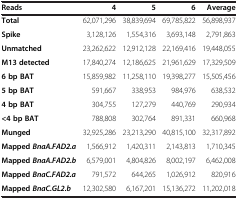
<table><thead><tr><td><b>Reads</b></td><td><b>4</b></td><td><b>5</b></td><td><b>6</b></td><td><b>Average</b></td></tr></thead><tbody><tr><td><b>Total</b></td><td>62,071,296</td><td>38,839,694</td><td>69,785,822</td><td>56,898,937</td></tr><tr><td><b>Spike</b></td><td>3,128,126</td><td>1,554,316</td><td>3,693,148</td><td>2,791,863</td></tr><tr><td><b>Unmatched</b></td><td>23,262,622</td><td>12,912,128</td><td>22,169,416</td><td>19,448,055</td></tr><tr><td><b>M13 detected</b></td><td>17,840,274</td><td>12,186,625</td><td>21,961,629</td><td>17,329,509</td></tr><tr><td><b>6 bp BAT</b></td><td>15,859,982</td><td>11,258,110</td><td>19,398,277</td><td>15,505,456</td></tr><tr><td><b>5 bp BAT</b></td><td>591,667</td><td>338,953</td><td>984,976</td><td>638,532</td></tr><tr><td><b>4 bp BAT</b></td><td>304,755</td><td>127,279</td><td>440,769</td><td>290,934</td></tr><tr><td><b>&lt;4 bp BAT</b></td><td>788,808</td><td>302,764</td><td>891,331</td><td>660,968</td></tr><tr><td><b>Munged</b></td><td>32,925,286</td><td>23,213,290</td><td>40,815,100</td><td>32,317,892</td></tr><tr><td><b>Mapped </b><b><i>BnaA.FAD2.a</i></b></td><td>1,566,912</td><td>1,420,311</td><td>2,143,813</td><td>1,710,345</td></tr><tr><td><b>Mapped </b><b><i>BnaA.FAD2.b</i></b></td><td>6,579,001</td><td>4,804,826</td><td>8,002,197</td><td>6,462,008</td></tr><tr><td><b>Mapped </b><b><i>BnaC.FAD2.a</i></b></td><td>791,572</td><td>644,265</td><td>1,026,912</td><td>820,916</td></tr><tr><td><b>Mapped </b><b><i>BnaC.GL2.b</i></b></td><td>12,302,580</td><td>6,167,201</td><td>15,136,272</td><td>11,202,018</td></tr></tbody></table>